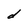
Character: d